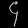
Digit: ၄